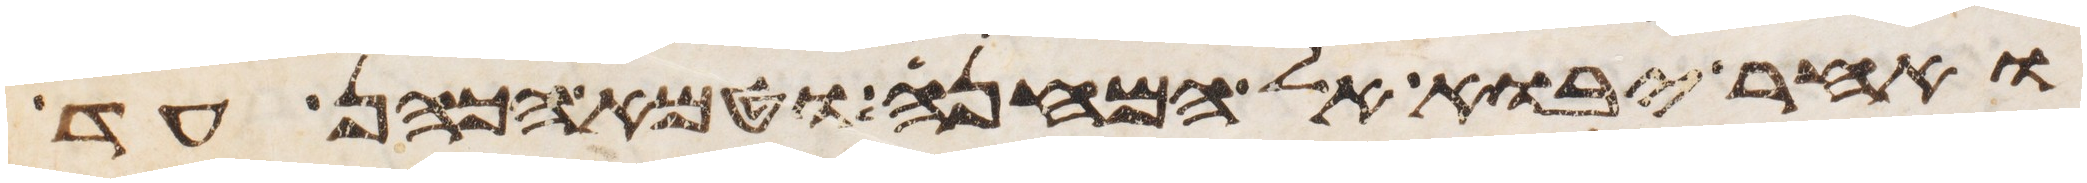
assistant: ואחר יבוא אל המחנה וטמא הכהן עד